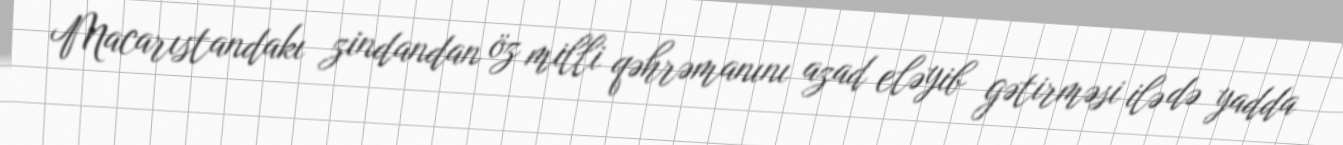
Macarıstandakı zindandan öz milli qəhrəmanını azad eləyib gətirməsi ilə də yadda